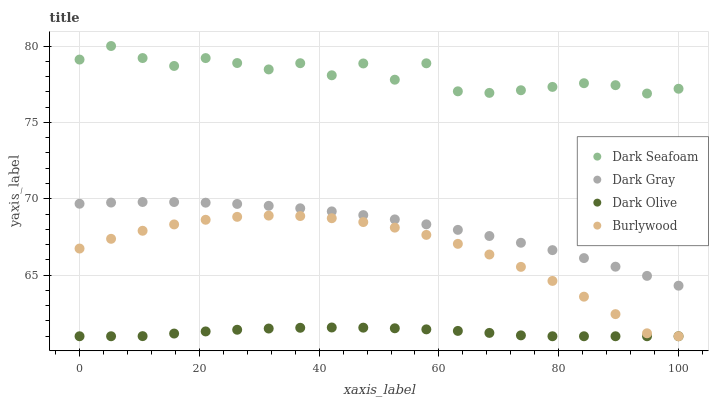
| xaxis_label | Dark Seafoam | Dark Gray | Dark Olive | Burlywood |
 | --- | --- | --- | --- | --- |
 | 0 | 79.1 | 69.7 | 61 | 66.7 |
 | 5.26 | 80 | 69.8 | 61 | 67.4 |
 | 10.5 | 79.2 | 69.8 | 61 | 67.9 |
 | 15.8 | 78.7 | 69.8 | 61.2 | 68.3 |
 | 21.1 | 79.2 | 69.7 | 61.3 | 68.6 |
 | 26.3 | 78.9 | 69.7 | 61.4 | 68.8 |
 | 31.6 | 78.5 | 69.5 | 61.5 | 68.9 |
 | 36.8 | 78.9 | 69.4 | 61.6 | 68.9 |
 | 42.1 | 78.1 | 69.2 | 61.6 | 68.7 |
 | 47.4 | 78.9 | 68.9 | 61.6 | 68.5 |
 | 52.6 | 77.8 | 68.6 | 61.5 | 68.1 |
 | 57.9 | 78.9 | 68.3 | 61.5 | 67.6 |
 | 63.2 | 77 | 68 | 61.4 | 67 |
 | 68.4 | 76.9 | 67.6 | 61.2 | 66.4 |
 | 73.7 | 77.1 | 67.1 | 61.1 | 65.5 |
 | 78.9 | 77.3 | 66.6 | 61 | 64.6 |
 | 84.2 | 77.6 | 66.1 | 61 | 63.6 |
 | 89.5 | 77.4 | 65.6 | 61 | 62.4 |
 | 94.7 | 76.9 | 65 | 61 | 61.2 |
 | 100 | 77.2 | 64.3 | 61 | 61 |